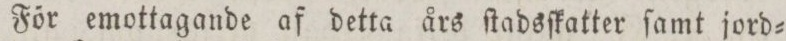
För emottagande af detta års ſtadsſkatter ſamt jord=